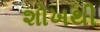
શોખથી